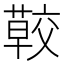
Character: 𦺏